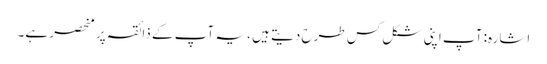
اشارہ: آپ اپنی شکل کس طرح دیتے ہیں ، یہ آپ کے ذائقہ پر منحصر ہے۔